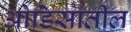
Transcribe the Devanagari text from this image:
ओडिसातील